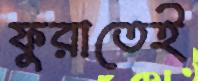
ফুরাতেই